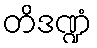
တိဒဏ္ဍံ